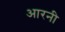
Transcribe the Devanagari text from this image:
आरनी